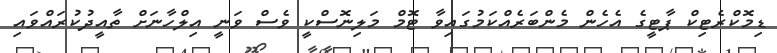
ޑިމޮކްރެޓިކް ޕާޓީގެ އެހެން މެންބަރެއްކަމުގައިވާ ޓޮމް މަލިނޮސްކީ ވެސް ވަނީ އިލްހާނަށް ތާއީދުކުރައްވައި